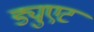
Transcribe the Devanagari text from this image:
ड्युएट